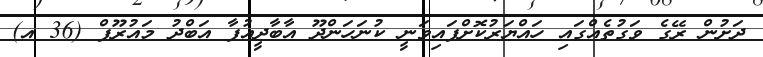
ދަށުން ރޭގެ ވަގުތެއްގައި ހައްޔަރުކޮށްފައިވަނީ ކުނަހަންދޫ އާބާދީއުފާ އަބްދު މައުރޫފް (36 އ)